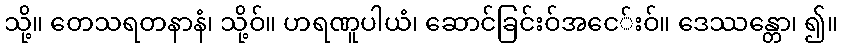
သို့။ တေသရတနာနံ၊ သို့ဝ်။ ဟရဏူပါယံ၊ ဆောင်ခြင်းဝ်အငေ်းဝ်။ ဒေဿန္တော၊ ၍။